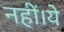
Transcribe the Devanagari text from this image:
नहीं।ये